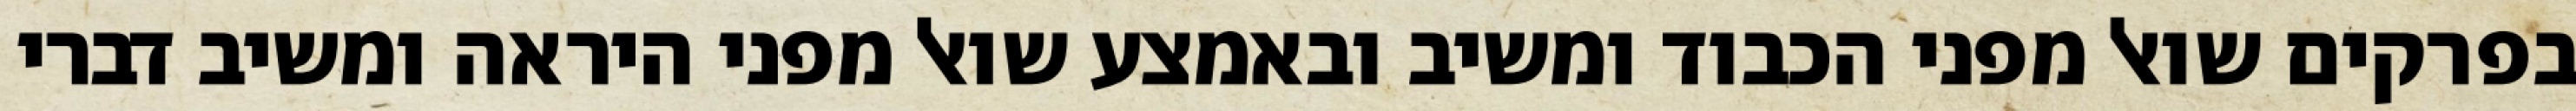
בפרקים שואל מפני הכבוד ומשיב ובאמצע שואל מפני היראה ומשיב דברי